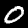
Digit: 0